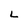
Character: L